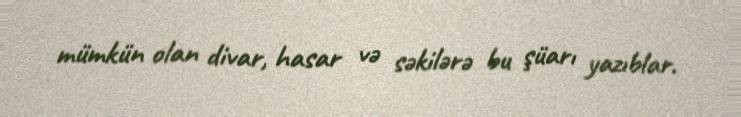
mümkün olan divar, hasar və səkilərə bu şüarı yazıblar.